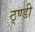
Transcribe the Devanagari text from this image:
ठ्ण्डी